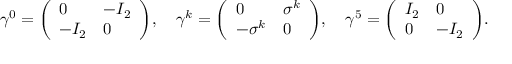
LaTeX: \gamma ^ { 0 } = { \left( \begin{array} { l l } { 0 } & { - I _ { 2 } } \\ { - I _ { 2 } } & { 0 } \end{array} \right) } , \quad \gamma ^ { k } = { \left( \begin{array} { l l } { 0 } & { \sigma ^ { k } } \\ { - \sigma ^ { k } } & { 0 } \end{array} \right) } , \quad \gamma ^ { 5 } = { \left( \begin{array} { l l } { I _ { 2 } } & { 0 } \\ { 0 } & { - I _ { 2 } } \end{array} \right) } .